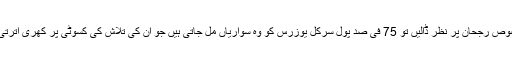
مخصوص رجحان پر نظر ڈالیں تو 75 فی صد پول سرکل یوزرس کو وہ سواریاں مل جاتی ہیں جو اُن کی تلاش کی کسوٹی پر کھری اُترتی ہیں۔